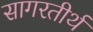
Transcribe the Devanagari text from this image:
सागरतीर्थ